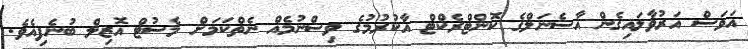
އަވަސް އަރުވާލައިގެން އާސެނަލްގެ ކޮންޓްރެކްޓް އާކުރުމުގެ ވިސްނުމެއް ނެތްކަމަށް މެސުޓް އޮޒިލް ބުނެފިއެވެ.